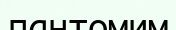
пантомим